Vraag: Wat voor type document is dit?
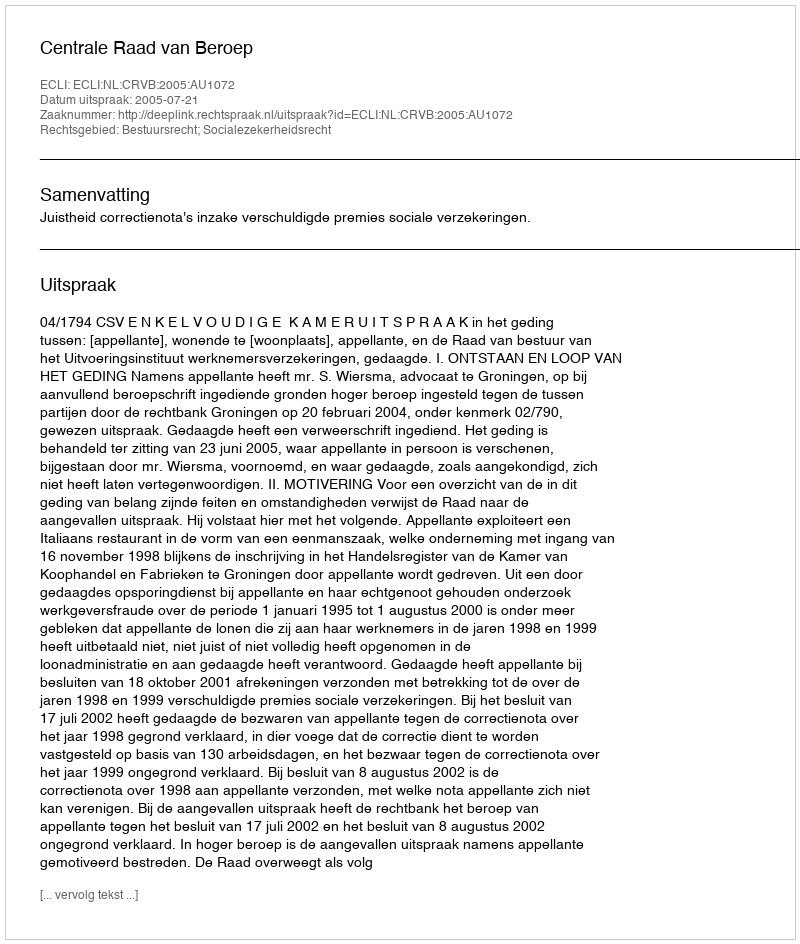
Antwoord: Uitspraak